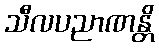
သီလပညာဏန္တိ